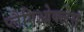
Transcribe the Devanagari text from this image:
प्लैगिओक्लेस